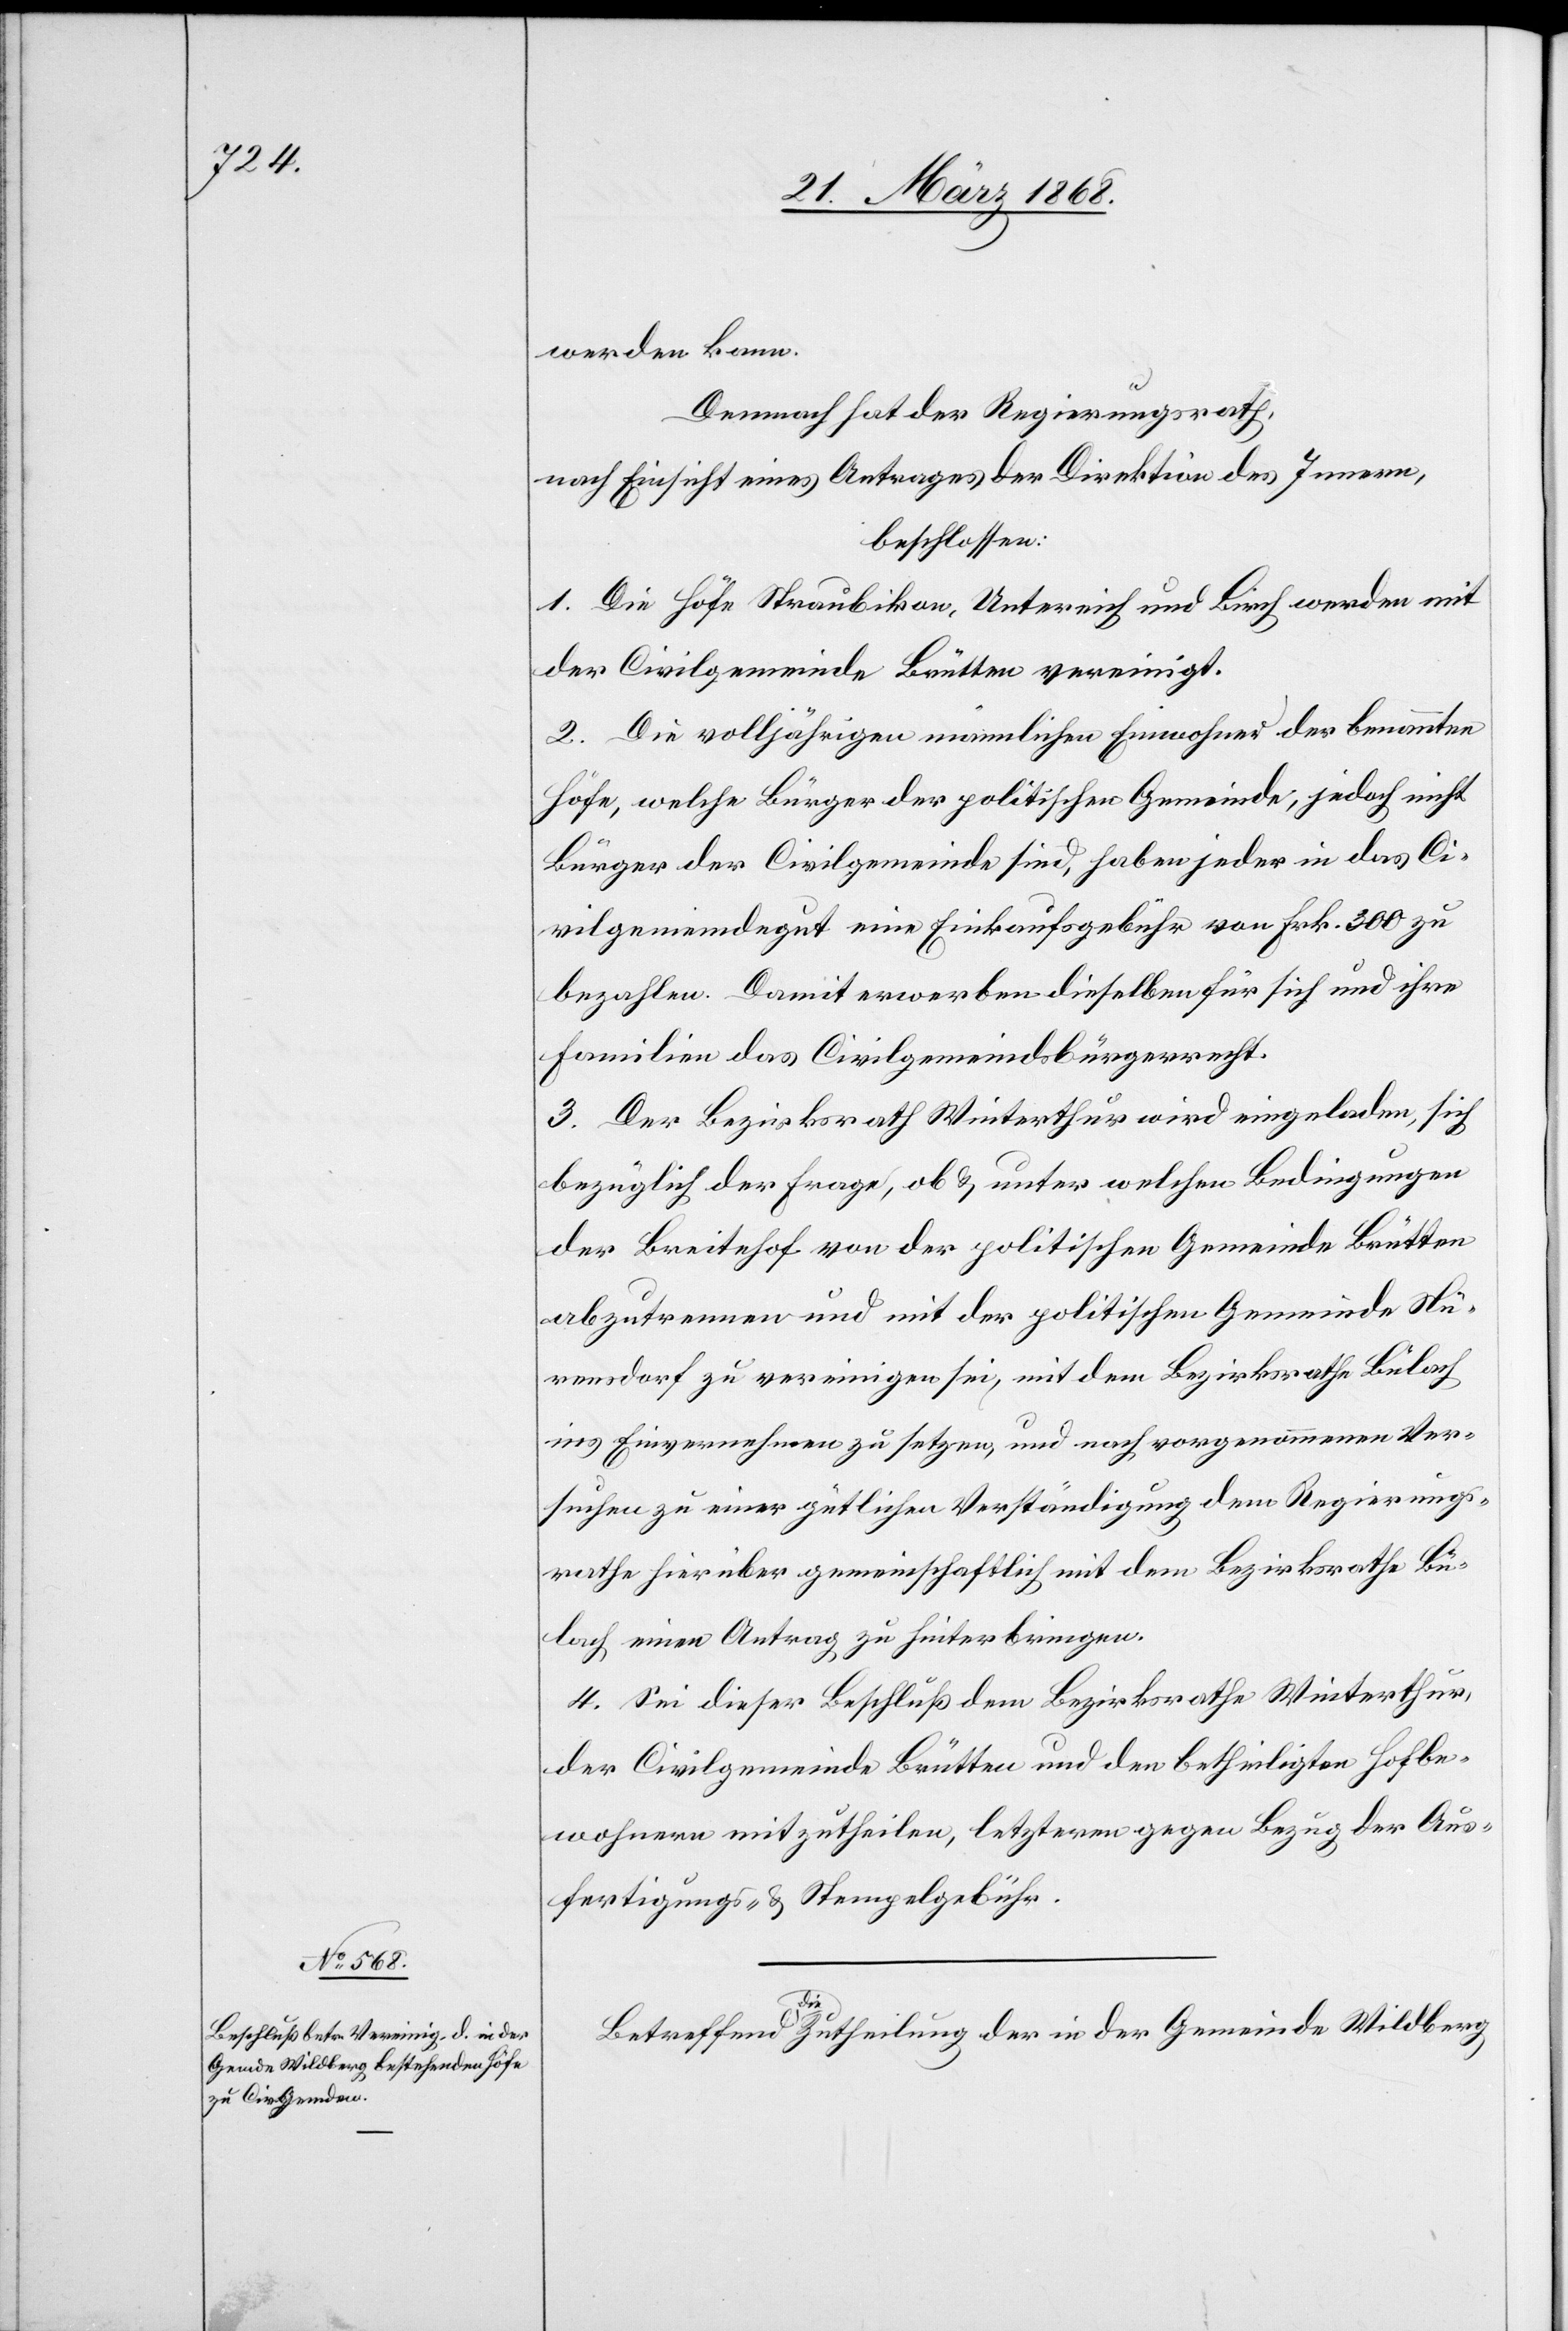
werden kann.
Demnach hat der Regierungsrath,
nach Einsicht eines Antrages der Direktion des Innern,
beschlossen:
1. Die Höfe Straubikon, Untereich und Birch werden mit
der Civilgemeinde Brütten vereinigt.
2. Die volljährigen männlichen Einwohner der benannten
Höfe, welche Bürger der politischen Gemeinde, jedoch nicht
Bürger der Civilgemeinde sind, haben jeder in das Ci¬
vilgemeindegut eine Einkaufsgebühr von Frk. 300 zu
bezahlen. Damit erwerben dieselben für sich und ihre
Familien das Civilgemeindsbürgerrecht.
3. Der Bezirksrath Winterthur wird eingeladen, sich
bezüglich der Frage, ob & unter welchen Bedingungen
der Breitehof von der politischen Gemeinde Brütten
abzutrennen und mit der politischen Gemeinde Nü¬
rensdorf zu vereinigen sei, mit dem Bezirksrathe Bülach
ins Einvernehmen zu setzen, und nach vorgenommenen Ver¬
suchen zu einer gütlichen Verständigung dem Regierungs¬
rathe hierüber gemeinschaftlich mit dem Bezirksrathe Bü¬
lach einen Antrag zu hinterbringen.
4. Sei dieser Beschluß dem Bezirksrathe Winterhur,
der Civilgemeinde Brütten und den betheiligten Hofbe¬
wohnern mitzutheilen, letzteren gegen Bezug der Aus¬
fertigungs- & Stempelgebühr.
Betreffend die Zutheilung der in der Gemeinde Wildberg